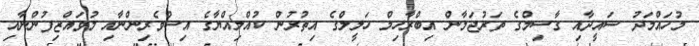
މުހައްމަދު ސައީދާއި ގާސިމްގެ ތަރުޖަމާން އިބްރާހިމް ހަލީލްގެ އިތުރުން ކުއްލިއްޔާގެ އިސްވެރިންނާއި މުވައްޒިފުންނާއި